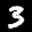
Label: 3